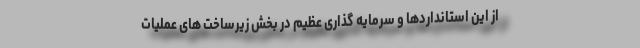
از این استانداردها و سرمایه گذاری عظیم در بخش زیرساخت های عملیات